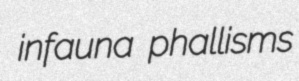
infauna phallisms